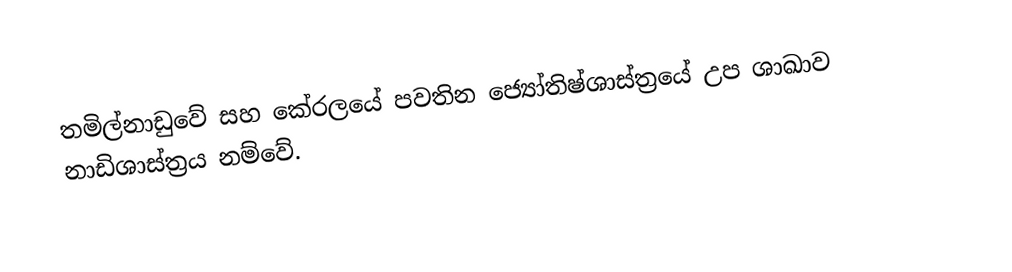
තමිල්නාඩුවේ සහ කේරලයේ පවතින ජ්‍යෝතිෂ්ශාස්ත්‍රයේ උප ශාඛාව නාඩිශාස්ත්‍රය නම්වේ.